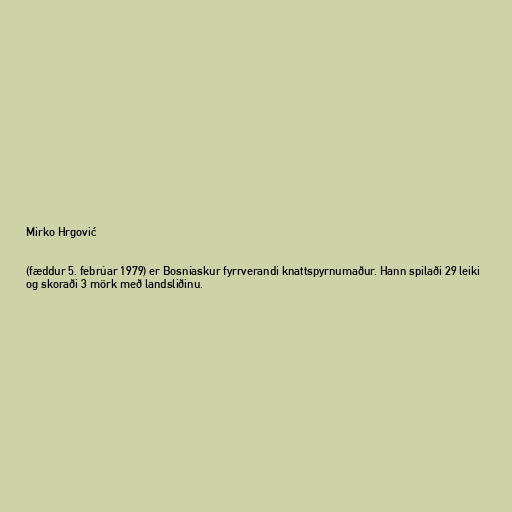
Mirko Hrgović

(fæddur 5. febrúar 1979) er Bosníaskur fyrrverandi knattspyrnumaður. Hann spilaði 29 leiki
og skoraði 3 mörk með landsliðinu.